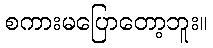
စကားမပြောတော့ဘူး။